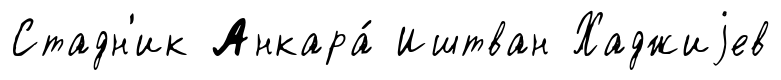
Стадн'ик Анкара́ Иштван Хаджиjев